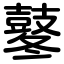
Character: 鼕